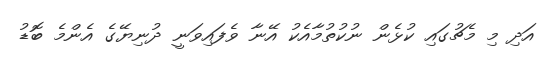
އަދި މި މެޗުގައި ކުޅެން ނުކުތުމާއެކު އޭނާ ވެފައިވަނީ ދުނިޔޭގެ އެންމެ ބޮޑު